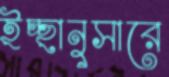
ইচ্ছানুসারে